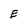
Character: E